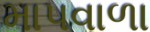
માપવાળા